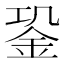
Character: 𨥲